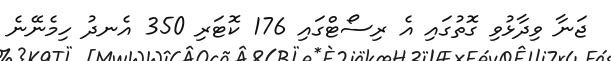
ޖަނާ ވިދާޅުވި ގޮތުގައި އެ ރިސޯޓްގައި 176 ކޮޓަރި 350 އެނދު ހިމެނޭނެ